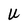
Character: U